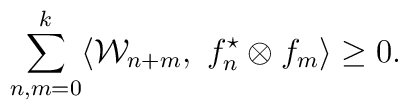
\sum_{n,m=0}^{k}\langle{\cal W}_{n+m},\ f_{n}^\star\otimes f_{m}\rangle\geq 0.